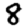
Digit: 8